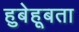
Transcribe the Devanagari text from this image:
हुबेहूबता